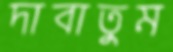
দাবাতুম